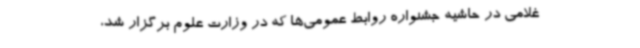
غلامی در حاشیه جشنواره روابط عمومی‌ها که در وزارت علوم برگزار شد،